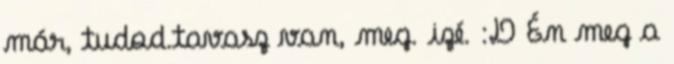
már, tudod.tavasz van, meg. izé. :D Én meg a